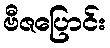
ဗီဇပြောင်း